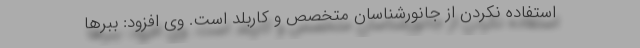
استفاده نکردن از جانورشناسان متخصص و کاربلد است. وی افزود: ببرها